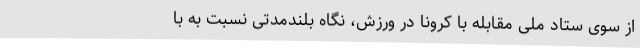
از سوی ستاد ملی مقابله با کرونا در ورزش، نگاه بلندمدتی نسبت به با